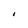
Character: I